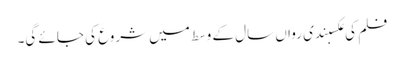
فلم کی عکسبندی رواں سال کے وسط میں شروع کی جائے گی۔